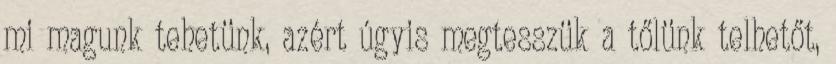
mi magunk tehetünk, azért úgyis megtesszük a tőlünk telhetőt,